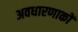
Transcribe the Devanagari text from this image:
अवधारणाकों